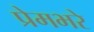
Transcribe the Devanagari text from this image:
प्रेमभरे